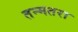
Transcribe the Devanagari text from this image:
तन्मतरा